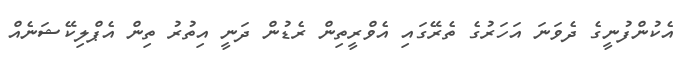
އެކުންފުނީގެ ދެވަނަ އަހަރުގެ ތެރޭގައި އެވްރީތިން ރެޑުން ދަނީ އިތުރު ތިން އެޕްލިކޭޝަނެއް